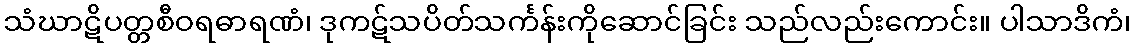
သံဃာဋိပတ္တစီဝရဓာရဏံ၊ ဒုကဋ်သပိတ်သင်္ကန်းကိုဆောင်ခြင်း သည်လည်းကောင်း။ ပါသာဒိကံ၊